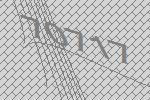
70717